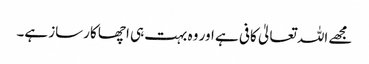
مجھے اللہ تعالیٰ کافی ہے اور وہ بہت ہی اچھا کارساز ہے۔